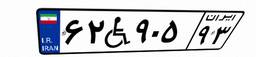
۹۸W۸۲۶۲۹